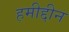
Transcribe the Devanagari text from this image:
हमीद्दीन